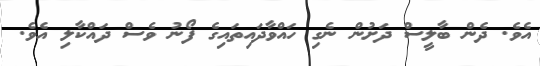
އެވެ. ދެން ބާލީސް ދަށުން ނެގި ހައްވާދައިތައިގެ ފޯނު ވެސް ދައްކާލި އެވެ.